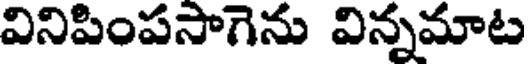
వినిపింపసాగెను విన్నమాట